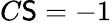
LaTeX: C\mathsf{S}=-1